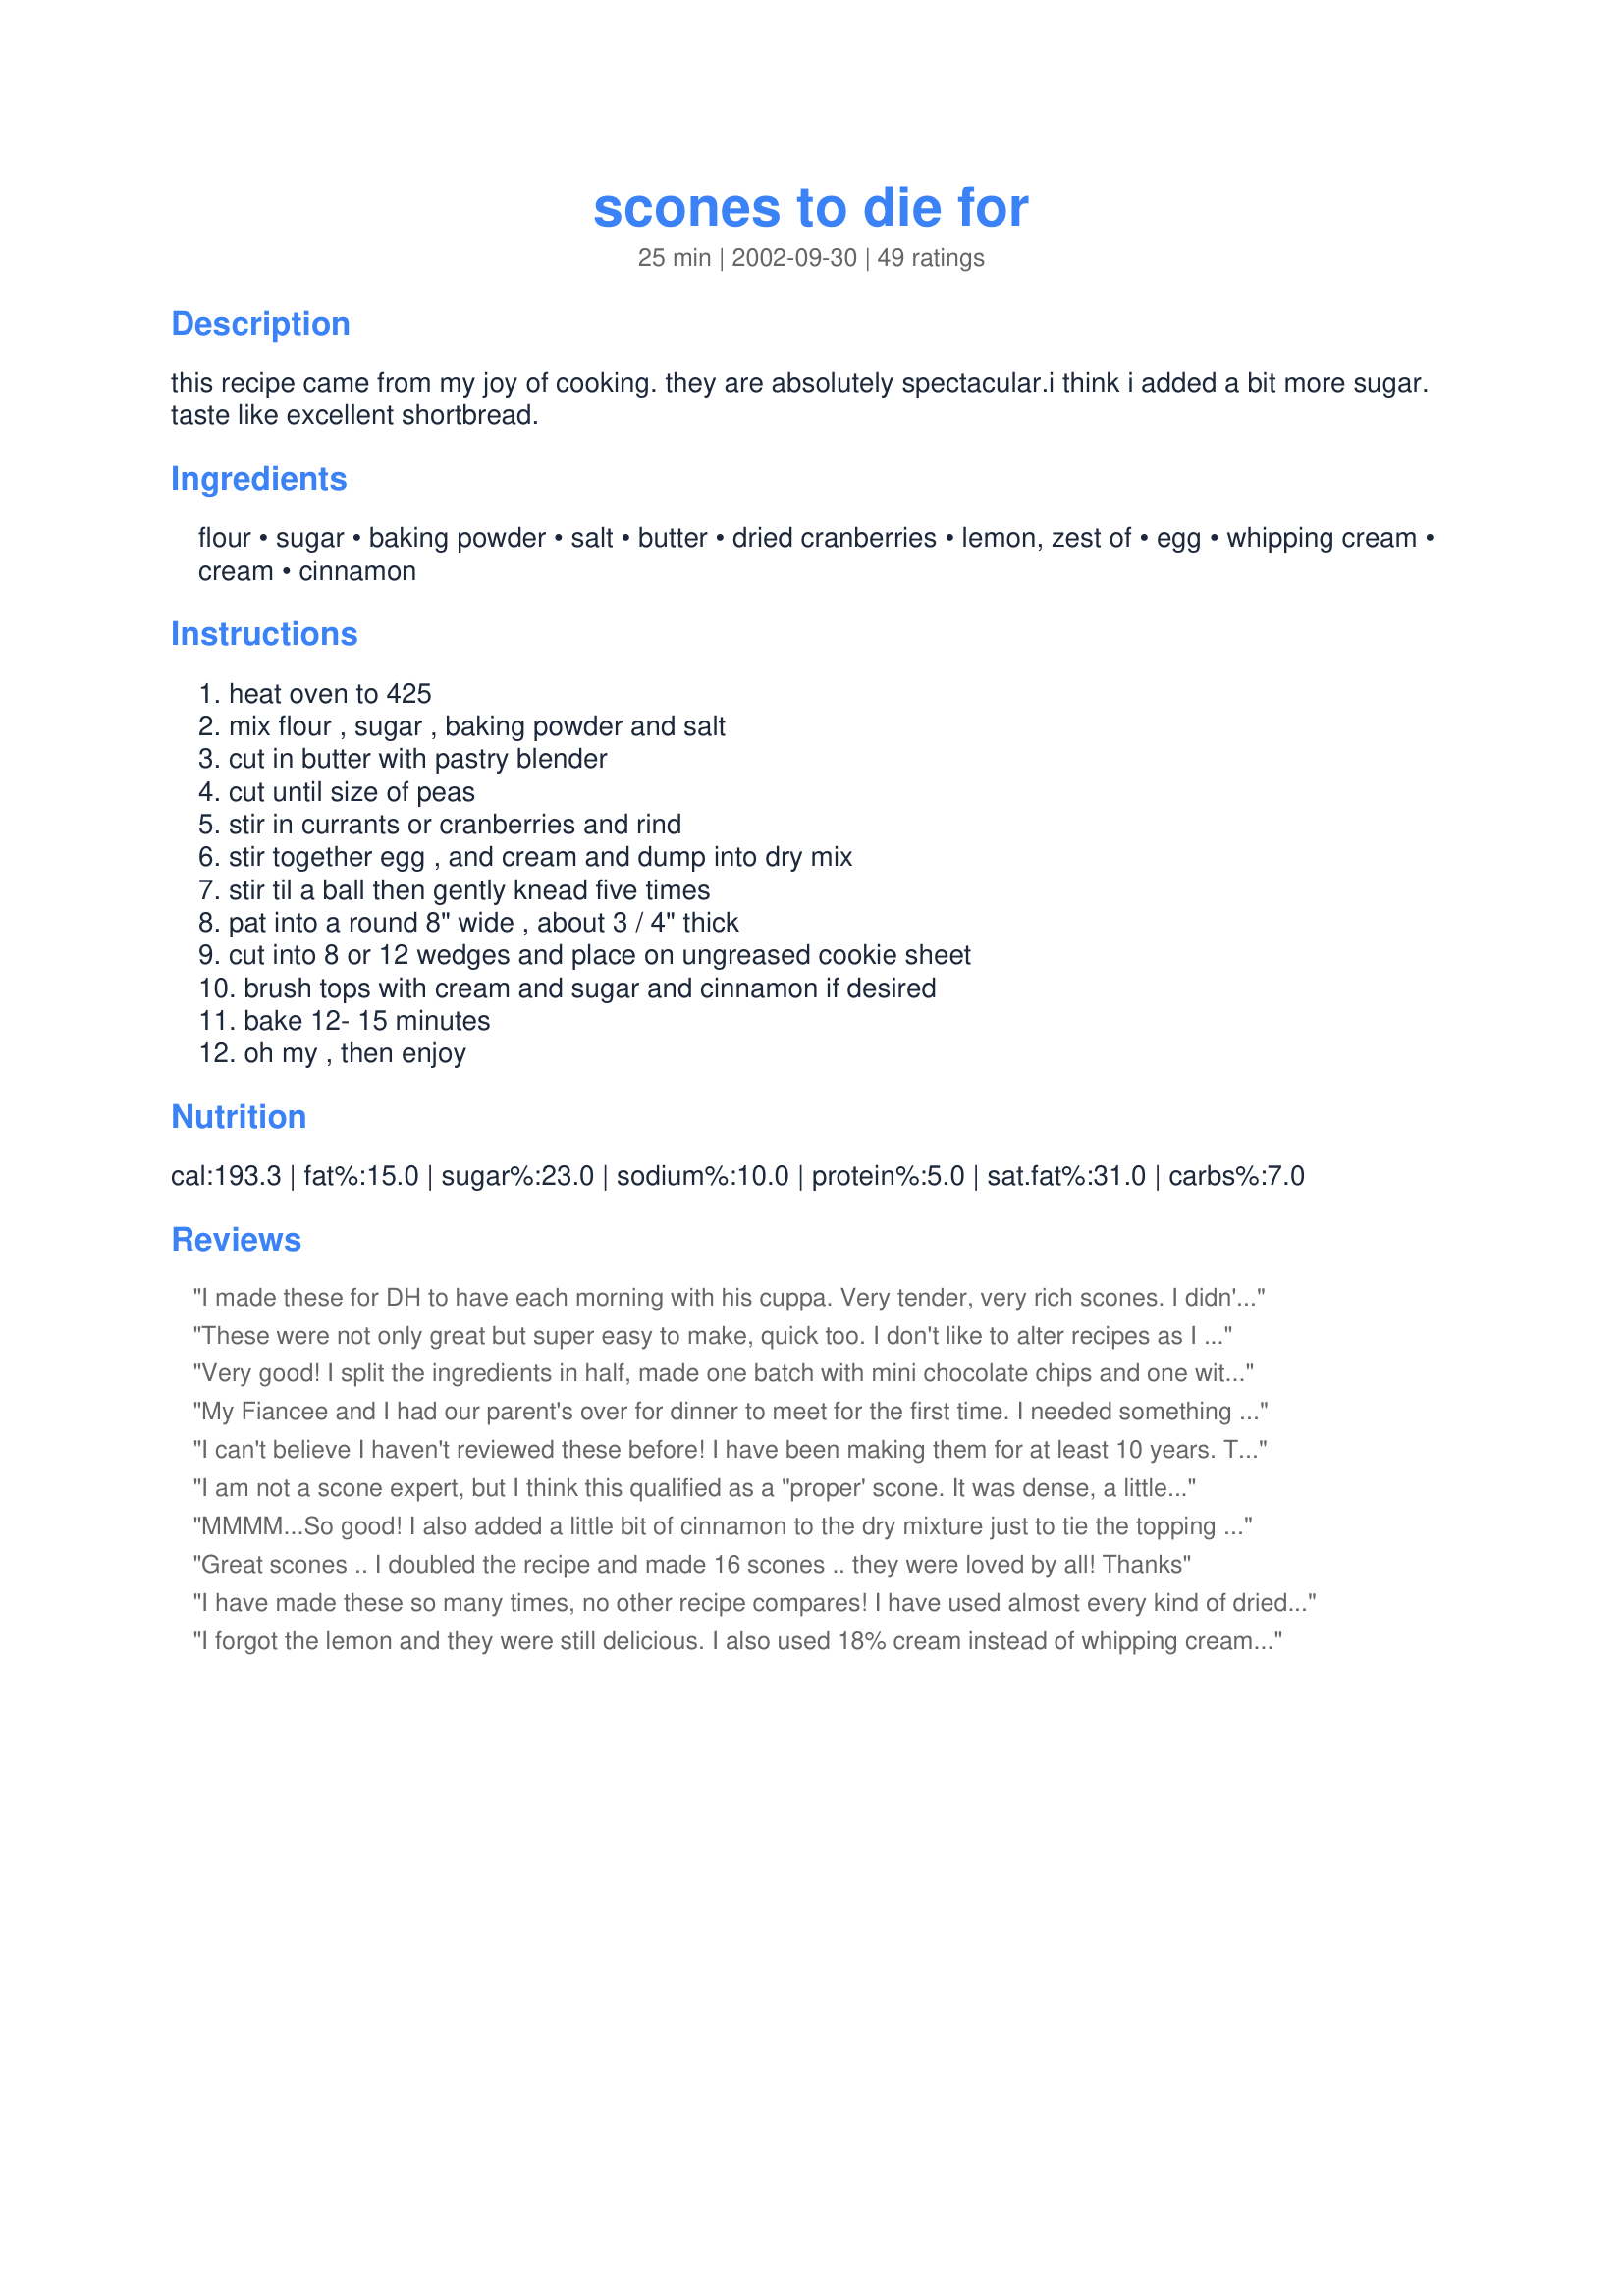
scones to die for
Preparation time: 25 minutes

this recipe came from my joy of cooking. they are absolutely spectacular.i think i added a bit more sugar. taste like excellent shortbread.

Ingredients:
flour, sugar, baking powder, salt, butter, dried cranberries, lemon, zest of, egg, whipping cream, cream, cinnamon

Steps:
heat oven to 425, mix flour , sugar , baking powder and salt, cut in butter with pastry blender, cut until size of peas, stir in currants or cranberries and rind, stir together egg , and cream and dump into dry mix, stir til a ball then gently knead five times, pat into a round 8" wide , about 3 / 4" thick, cut into 8 or 12 wedges and place on ungreased cookie sheet, brush tops with cream and sugar and cinnamon if desired, bake 12- 15 minutes, oh my , then enjoy

Reviews:
I made these for DH to have each morning with his cuppa. Very tender, very rich scones. I didn't have currents or cranberries on hand, so I substituted raisins, the same with the whipping cream - I used heavy cream. I mixed in 1/2t. cinnamon with the flour (next time I may use 1t.), and softened the butter in the microwave to cut it in better. I baked them for 13 minutes and it was perfect for my oven - the scones came out golden brown on the bottom and were simply delicious!

These were not only great but super easy to make, quick too. I don't like to alter recipes as I want the same results the person posting it got! However, I had no lemon so I used orange zest and no berries or currants so I skipped it this time. Still excellent. I made a double batch and cut each round into 12 sections, making 24 a perfect size for my children to eat with fruit at breakfast. It was hard to only sample one tonight and not eat many, but I did it as it's nearly dinner time. I sent one over to my neighbor while it was still warm as she had given me baking powder when I realized I did not have enough! She instantly asked for the recipe for herself. Thanks for the great recipe, I'll use it often I'm sure.
Very good! I split the ingredients in half, made one batch with mini chocolate chips and one with craisins and ornage zest and white chocolate chips. both were delicious. Thanks for posting!
My Fiancee and I had our parent's over for dinner to meet for the first time. I needed something quick, easy, and delicious. Thank you, Ann, for sharing this recipe which was the perfect compliment to my meal. Needless to say, they have become a staple in my dinner menu.
I can't believe I haven't reviewed these before! I have been making them for at least 10 years. They are always moist and delicious. I use this as a base recipe. I have used 1/2 tsp. of almond extract and dried cherries in place of the lemon and cranberries. Today I used 1 1/4 tsp. of cinnamon with a dusting of cinnamon sugar on top. I also wanted to note that I did not have whipping cream so I used the 2% milk in my fridge. Not quite as decadent but still came out beautifully. For those who are new to &quot;cutting in&quot; I have done the recipe many times in a food processor. The trick is use cold butter and to cut it into very small pieces, then just pulse a few times (5 or 10 quick pulses) to get the pea size.
I am not a scone expert, but I think this qualified as a "proper' scone. It was dense, a little dry and a little bit crumbly, but those are great qualities in a scone! These would have been terrific with some clotted cream and jam.
MMMM...So good! I also added a little bit of cinnamon to the dry mixture just to tie the topping flavor to the scones. YUM!
Great scones .. I doubled the recipe and made 16 scones .. they were loved by all! Thanks
I have made these so many times, no other recipe compares! I have used almost every kind of dried fruit available, different nuts, white chocolate chips, butterscotch chips, cinnamon chips, toffee chips...Anything goes with this recipe. Just pick a combination you love and add it in. I stay with the 1/2 cup dried fruit and add 1/4 cup chips that have been chopped a bit. They are so wonderful, they melt in your mouth. Even the next day, just microwave them for about 10-15 seconds and they are just as good as out of the oven. Thank you Ann!
I forgot the lemon and they were still delicious. I also used 18% cream instead of whipping cream, because it&#039;s what I had on hand.
I enjoyed the texture. Mine came out good. I added cinnamon and vanilla glaze on top. The only problem, I added too much cinnamon. Will make these again when I&#039;m in the mood for another scone, but I&#039;ll put blueberries in them with lemon glaze on top.
These scones are fantastic! They have the perfect texture! I used cherry flavored cranberries, and upped the sugar to 1/2 cup, because I have a serious sweet tooth. I am making a ton of these for my 'crazy women' camping trip this weekend! Thanks for posting!
Just finished making and eating one of these. I didn't add the lemon zest (didn't have any) and had to add just a touch more cream to make them into a ball. They were so quick and easy to put together and very light and delicious. Wonderful treat for a Saturday morning!
This is a yummy, easy recipe. I used half white wheat flour for added fiber/vitamins. This made the dough a little drier than it would normally be and so not as sticky as scone dough usually is. I turned it out on my baker's mat and had to knead a bit more. I patted it into a circle and used my pizza cutter and made 8 scones. I also chopped by cranberries to better distribute the sweetness. And, I didn't have cream so I used 1/2 and 1/2. I think I will increase the lemon zest next time because we really like the lemony flavor and I will add some pecans. This would also be good with currents. I forgot the sugar cream mixture on top this time and it was just fine without it. I served them with butter and strawberry preserves. Yum!
first of all, i have no idea what everyone else is talking about a wet/gooey dough b/c mine was SO dry! i had to add a little extra cream to bind it all together, and even so it was still crumbly. (perhaps because i used cold and not melted butter?)
secondly, i also found that the bottoms were kind of black after 15 mins of baking.
the final product was kind of dry for my tastes but as far as scones go i think it was a pretty solid scone base. i did not include any dried fruit as there was none on hand, and subbed the lemon zest for orange. i cut the dough out into circles and put in the fridge overnight (the idea for scones for brekkie came at 3am so i put the dough together and went back to bed!) popped them in the oven this morning and made some coffee. all in all, a solid scone recipe.
These are super yummy! I quarter the recipe (I cook for one) and they still come out AWESOME! Thanks for the WONDERFUL recipe!
I've made these scones umpteen times now, and have finally got around to posting my review! They are delicious, far better than the recipe I previously used. I've had many friends try them, and everyone has been impressed. One adaptation I used is to place the 'ball' of dough directly onto the ungreased cookie sheet instead of patting it out on a counter. (Less mess!) After patting it out, I use a spatula to gently separate the scone wedges, so there is space between each one. I like to serve these warm with butter and perhaps a dab of jam. This one is definitely a keeper!
These are wonderful scones! I make them all the time. I've tried different variations--dried cranberries, cherries, chopped apricots--and I like the cranberries or the cherries best. I usually add 1/2 cup of chopped, toasted pecans or hazelnuts, too. Using pastry flour gives them a nice, crumbly texture which I particularly like when baking them on a cookie sheet. I just tried them in the new scone pan I bought, which bakes them in separated wedges, and for that I think I'll use all-purpose flour next time.
These are the scones I have been waiting for my whole life. The texture of the warm lightly browned crumb when I took my first bite was heavenly. I must confess I used 8 tbls. butter because all my previous scones recipes seemed better with that ratio of flour to butter.. Thank you Anne, 2018 will be a great year with this recipe in hand.
I just made two batches of this, one with dried cherries, cranberries almond extract and no egg, and one with the egg, vanilla and fresh blueberries. What a treat! Both batches came out light and fluffy, I can't decide which is my favorite. Easy to put together, they certainly disappear quickly! Thanks for a very versatile recipe.
We enjoyed these. They weren't too sweet. I used currants. Thank you very much for sharing!
Had a tea party for four friends and made these. LOVED THEM! Just the right amount of taste. I followed another reviewers' suggestion and wrapped clear wrap around it and put it in the freezer, about 15 min later I brought it out, placed it on a cookie sheet and with the wrap still on top, flattened it out a bit and shaped it into a large circle. I then cut eight wedges and with a spatula seperated the scones out and baked. They toasted nicely and were such a treat fresh out of the oven. I am definitely going to me this again and again and again!!!! thank you for the simple and excellent recipe.
Oh Ann! Wow great recipe. My dough was a little too gooey to make into a ball so I added a bit more flour and when it was still not manageable I put the dough into the freezer for about 5-7 minutes and only then was I able to make a ball and cut them up. They still turned out great:)*tip: they expand a bit so leave at least 2cm between each scone.
Made these yesterday and had part of one for a treat. They are very good. Even DH liked them. I got 13 scones, as I did drops. Very good and flavor was yummy. Was quick and easy. Thanks for posting.
WOW these are the best scones ever. This recipe will get a place in my "Family Favorites Recipes Cookbook"....thanks so much for sharing. :)
~Ri
Oh my goodness!! I made these one morning because I wanted something different for my company. These were sooooo good that I ate 3 warm out of the oven with butter. A keeper this is

Pat Merwin
Hubby and I agree 10 stars.....these scones were the best and soooooo easy. I used dried cranberries and my old faithful....fat free half and half. They don't even need butter because they truly melt in your mouth. It is amazing how they fluff up when baking. Thanks Ann for a real keeper.
WOW!!! Used dried cherries, 1/2 t. almond extract and no zest (didn't have any). They were awesome!! Thanks so much for sharing! NOTE TO SELF: Used Patti's old cookie sheet and came out really brown on bottom~~next time use different pan.
Thanks Ann for this recipe. It's yummy. I've made this many times for my family and they keep asking for more!
I too had a very dry crust -- it wouldn't even come together properly until a added a more cream (used heavy whipping cream). Afterwards, it was so hard to eat since it was breaking apart on me as I spread jam on it... Flavor was really good and the lemon zest added something incredibly intriguing so it would have been five stars had it been a bit more together.
You will be dissatisfied with every other scone recipe you have once you have tried this one!
Yum! I made these this morning and substituted evaportated milk for cream, and orange zest for lemon. I used dried cranberries and 1/4 cup of white whole wheat flour and they were as good as can be!
the scones were delicious; will definitely bake them again. omitted the lemon zest as i didn't have any. i separated the dough into small portions instead of a whole round piece of pastry. managed to make 20 small scones. thanks!
Simply excellent!
Baked this morning. So far, i have only tried baking scones twice and i much prefer this recipe to my old one. I put in raisins and added vanilla essence. The next time i will reduce the sugar abit more. Thanks for posting. I wanted to rate this 5 star but somehow came out as 4. So, its a 5 star recipe to me. tks
Really liked these. I thought the lemon zest was a nice change with the cranberries. Dough was gooey, but not unmanageable.
I began using this for my 4 year old's tea parties and had to double the batches because the grownups devoured them. They are better than the ones at our local teahouse!
We really enjoyed these! I added 1 cup of cranberries and used orange zest instead of the lemon zest. Simple and delicious!
This was my first time making scones and they turned out great! Had to substitute blueberries and half-n-half as this was what I had on hand. The scones still turned out great!
Followed the recipe to a "T".
Took no time to throw together and they were wonderful!!!!
These scones are great! I used 3 tbsp butter and a little extra cream (~2/3 cup total), and omitted the zest. You can also substitute the cream for half and half for a moister scone with less fat.
Like another reviewer, I've made these lots, but never got around to posting a review... they are abosolutly wonderfull!! I made some for a my brother's 4th grade teacher and she shared them with the other teachers and my mom and I have many teachers come and rave about them and I have orders to make more....definitally a keeper
Excellent recipe! These taste great definately a keeper! I didn't have any lemon zest but they still tasted devine and were great to reheat in the oven and still keep their crunchiness! I used the cinnamon and cream and sugar topping which just tasted devine it really made the scone and the cranberries Yummo!Be making these heaps now! Thanks for the recipe

Loved these scones & they got rave reviews from family & friends so I had to give credit where credit is due - Thanks Anne for such a simple, quick recipe. I cut back slightly on the sugar to 1/3 cup & added 1 1/2 teaspoons of pure vanilla to the egg/cream mixture. Also used raisins instead of currants & glazed the scones with egg mixed with a teaspoon of cream. A light coating of sugar added the perfect amount of sweetness. I also cut them smaller to yield 16 triangles & they baked on a silpat for 12 minutes. They didn't last very long.
Love this recipe! You have me so hooked on scones now! I used slightly over 1/3 cup of sugar, omitted the zest and sprinkled the scones with sugar, no cinnamon. They were heaven with a cup of warm coffee!
Five stars is not enough! This is the best scone I ever had! Absolutely delightful. In fact, we have just ruined our lasagne dinner by eating them all.
I made them "plain" with cinnamon/sugar topping. Yum!Thanks ever so much for sharing!
These scones are really to die for. SOOooo Yummy & flacky. I made them just like the recipe stated, except I used splenda for baking. Also put the dough right onto the cookie sheet like someone else had, patted it out, cut & used spatula to seperate the wedges.This worked very well, less work. Thank you for the recipe I will be making these again!
Great recipe! These scones had lovely texture - soft and fluffy inside and golden on the outside. I find the trick to good scones is to knead the dough as little as possible, but for that to happen, the wet-to-dry ratio must be just right. This recipe gets it and the results are delicious!
YUM! I'm sitting here reviewing the recipe with a hot scone in front of me. These scones are flaky and flavorful! I wanted plain scones so I skipped the zest and berries and added a little vanilla extract. This is the third reciped I've tested out for a tea I'm hosting, and I'll definatly go with this one!
